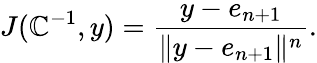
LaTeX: J(\mathbb{C}^{-1},y)={\frac{{y-e_{n+1}}}{{\| y-e_{n+1}\| ^{n}}}}.